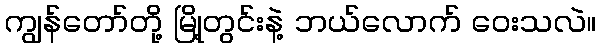
ကျွန်တော်တို့ မြို့တွင်းနဲ့ ဘယ်လောက် ဝေးသလဲ။